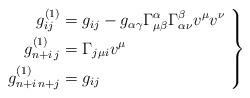
LaTeX: \begin{align*} \left. \begin{aligned} g^{(1)}_{ij} &= g_{ij} - g_{\alpha \gamma}\Gamma_{\mu\beta}^\alpha \Gamma_{\alpha\nu}^\beta v^\mu v^\nu \\ g^{(1)}_{n+i\,j} &=\Gamma_{j\mu i}v^\mu \\ g^{(1)}_{n+i\,n+j} &=g_{ij} \end{aligned} \ \right\}\end{align*}